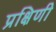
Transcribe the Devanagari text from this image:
प्रक्षिणी